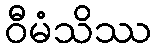
ဝီမံသိဿ